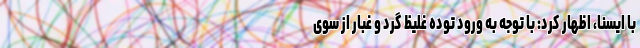
با ایسنا، اظهار کرد: با توجه به ورود توده غلیظ گرد و غبار از سوی